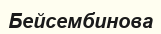
Бейсембинова